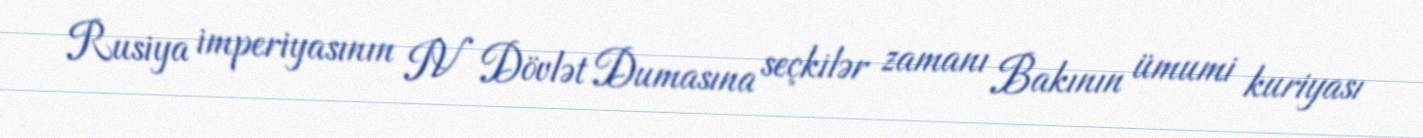
Rusiya imperiyasının IV Dövlət Dumasına seçkilər zamanı Bakının ümumi kuriyası